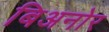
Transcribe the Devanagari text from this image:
बिअनोर